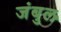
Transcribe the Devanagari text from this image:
जंबुल